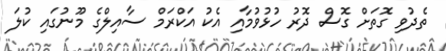
ތެދުވި ގޮތަށް ގޮސް ދޮރު ހުޅުވުމާއި އެކު އަކްރަމް ސާއިލްގެ މޫނުގައި ކުލަ